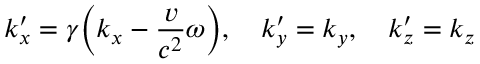
k _ { x } ^ { \prime } = \gamma \Big ( k _ { x } - \frac { v } { c ^ { 2 } } \omega \Big ) , \quad k _ { y } ^ { \prime } = k _ { y } , \quad k _ { z } ^ { \prime } = k _ { z }